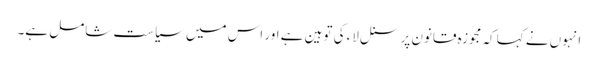
انہوں نے کہا کہ مجوزہ قانون پرسنل لاء کی توہین ہے اور اس میں سیاست شامل ہے۔